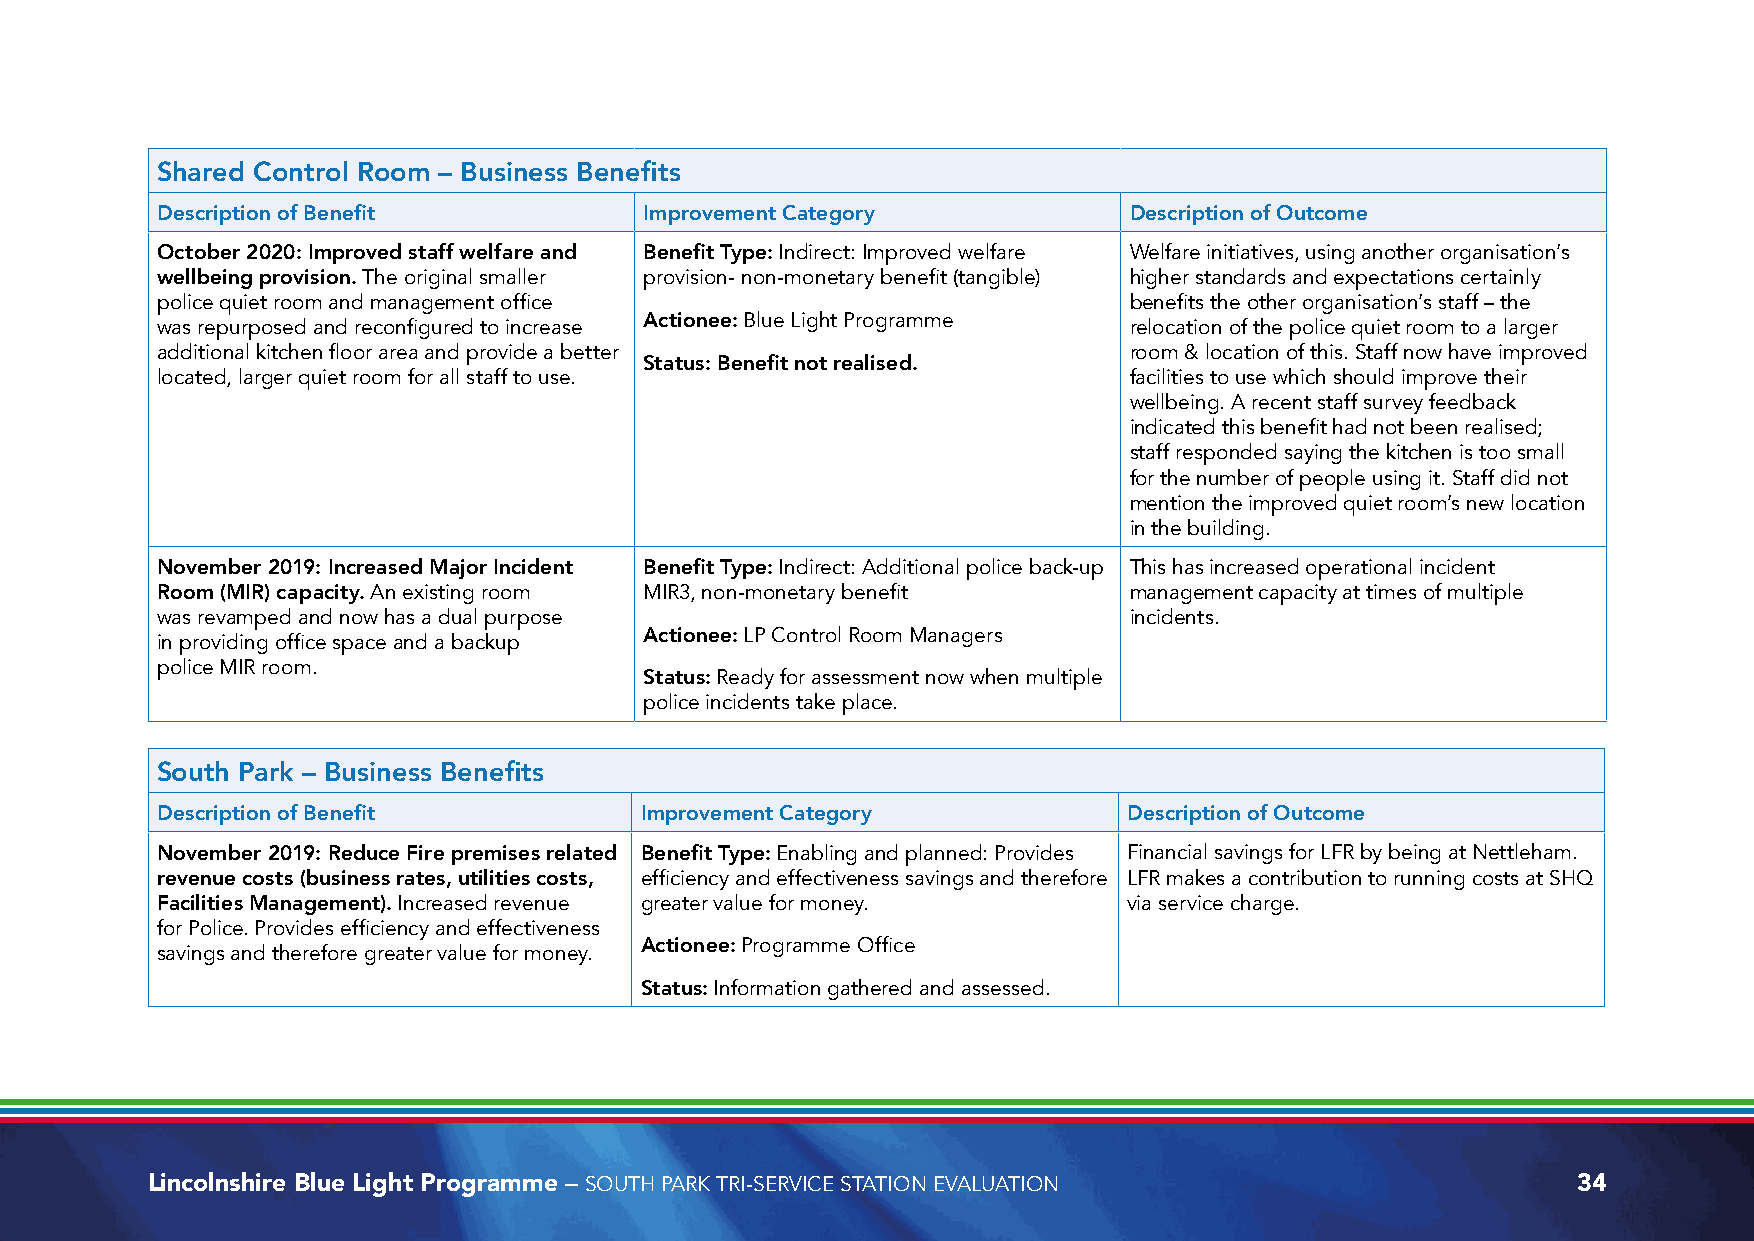
Shared Control Room – Business Benefits
 Description of Benefit           Improvement Category            Description of Outcome
 October 2020: Improved staff welfare and Benefit Type: Indirect: Improved welfare Welfare initiatives, using another organisation’s
 wellbeing provision. The original smaller provision- non-monetary benefit (tangible) higher standards and expectations certainly
 police quiet room and management office                          benefits the other organisation’s staff – the
 Actionee: Blue Light Programme
 was repurposed and reconfigured to increase                      relocation of the police quiet room to a larger
 additional kitchen floor area and provide a better               room & location of this. Staff now have improved
 Status: Benefit not realised.
 located, larger quiet room for all staff to use.                 facilities to use which should improve their
 wellbeing. A recent staff survey feedback
 indicated this benefit had not been realised;
 staff responded saying the kitchen is too small
 for the number of people using it. Staff did not
 mention the improved quiet room’s new location
 in the building.
 November 2019: Increased Major Incident Benefit Type: Indirect: Additional police back-up This has increased operational incident
 Room (MIR) capacity. An existing room MIR3, non-monetary benefit management capacity at times of multiple
 was revamped and now has a dual purpose                          incidents.
 Actionee: LP Control Room Managers
 in providing office space and a backup
 police MIR room.
 Status: Ready for assessment now when multiple
 police incidents take place.
 South Park – Business Benefits
 Description of Benefit          Improvement Category             Description of Outcome
 November 2019: Reduce Fire premises related Benefit Type: Enabling and planned: Provides Financial savings for LFR by being at Nettleham.
 revenue costs (business rates, utilities costs, efficiency and effectiveness savings and therefore LFR makes a contribution to running costs at SHQ
 Facilities Management). Increased revenue greater value for money. via service charge.
 for Police. Provides efficiency and effectiveness
 Actionee: Programme Office
 savings and therefore greater value for money.
 Status: Information gathered and assessed.
 Lincolnshire Blue Light Programme – SOUTH PARK TRI-SERVICE STATION EVALUATION                 34